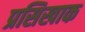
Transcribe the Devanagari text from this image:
प्रसिखाक